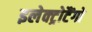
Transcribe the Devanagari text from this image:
इलेक्ट्रोटैंगो